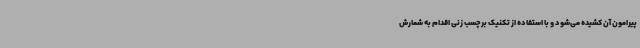
پیرامون آن کشیده می‌شود و با استفاده از تکنیک برچسب زنی اقدام به شمارش